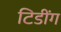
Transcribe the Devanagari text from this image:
टिडींग